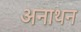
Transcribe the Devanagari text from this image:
अनाथन